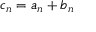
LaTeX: c _ { n } = a _ { n } + b _ { n }